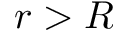
r > R